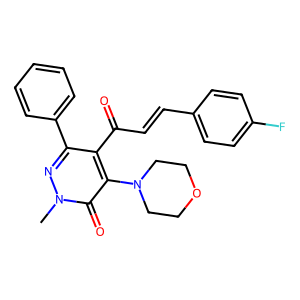
SMILES: Cn1nc(-c2ccccc2)c(C(=O)C=Cc2ccc(F)cc2)c(N2CCOCC2)c1=O
Inhibits HIV replication: No